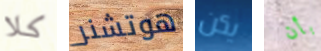
كلا هوتشنر يكن بأن